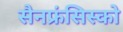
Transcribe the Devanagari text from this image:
सैनफ्रंसिस्को